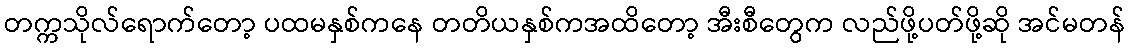
တက္ကသိုလ်ရောက်တော့ ပထမနှစ်ကနေ တတိယနှစ်ကအထိတော့ အီးစီတွေက လည်ဖို့ပတ်ဖို့ဆို အင်မတန်